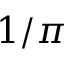
1 / \pi